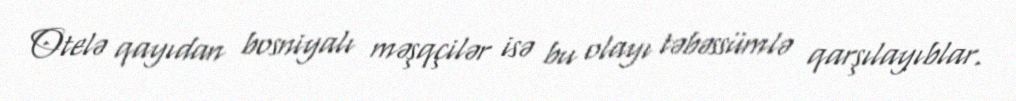
Otelə qayıdan bosniyalı məşqçilər isə bu olayı təbəssümlə qarşılayıblar.